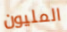
المليون